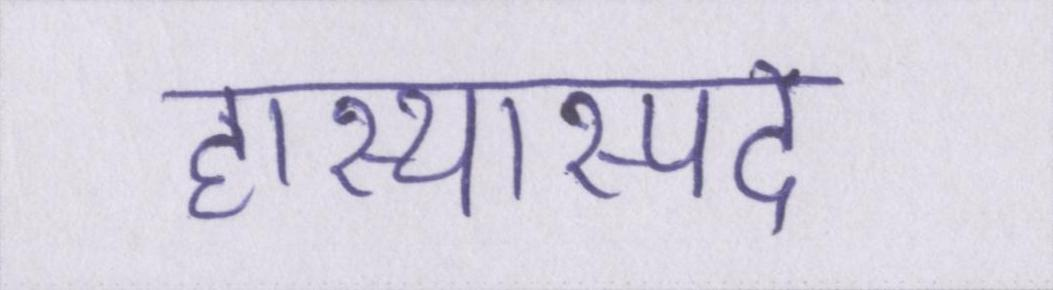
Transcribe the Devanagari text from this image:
हास्यास्पद